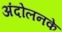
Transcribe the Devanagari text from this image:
अंदोलनके